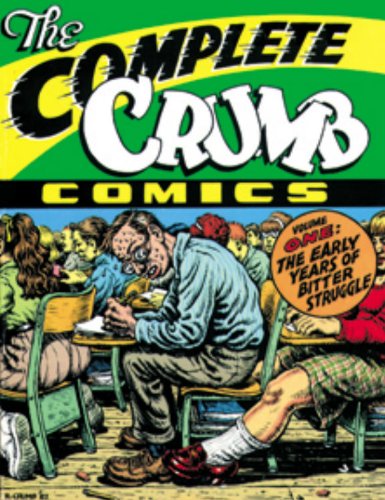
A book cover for The Complete Crumb Comics: "The Early Years of Bitter Struggle" (Two)  (Vol. 1)  (Complete Crumb); R. Crumb; Comics & Graphic Novels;